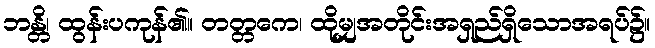
ဘန္တိ၊ ထွန်းပကုန်၏။ တတ္တကေ၊ ထိုမျှအတိုင်းအရှည်ရှိသောအရပ်၌။